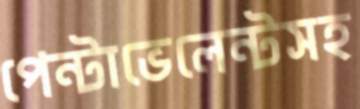
পেন্টাভেলেন্টসহ